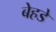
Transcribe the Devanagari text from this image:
बेहडे